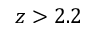
z > 2 . 2